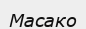
Масако